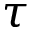
\tau